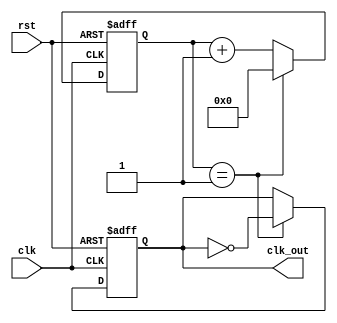
module parameterized_clock_divider #(
    parameter DIV_FACTOR = 2,  // Division factor
    parameter WIDTH = 8         // Bit-width for the counter
) (
    input wire clk,             // Input clock
    input wire rst,             // Asynchronous reset
    output reg clk_out          // Divided output clock
);

    // Counter declaration
    reg [WIDTH-1:0] counter;    // Counter with specified width

    // Always block to implement the counter and clock division
    always @(posedge clk or posedge rst) begin
        if (rst) begin
            counter <= 0;        // Reset counter
            clk_out <= 0;       // Reset output clock
        end else begin
            if (counter == (DIV_FACTOR - 1)) begin
                counter <= 0;    // Reset counter
                clk_out <= ~clk_out; // Toggle output clock
            end else begin
                counter <= counter + 1; // Increment counter
            end
        end
    end

endmodule